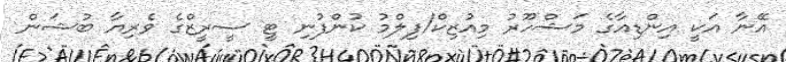
އޭނާ އަކީ އިންޑިއާގެ މަޝްހޫރު މިއުޒިކް/ފިލްމު ކުންފުނި ޓީ ސީރީޒްގެ ވެރިޔާ ބުޝަން